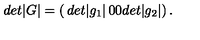
d e t | G | = \left( \begin{matrix} { d e t | g _ { 1 } | } & { 0 } \\ { 0 } & { d e t | g _ { 2 } | } \\ \end{matrix} \right) .